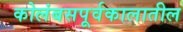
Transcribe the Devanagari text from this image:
कोलंबसपूर्वकालातील